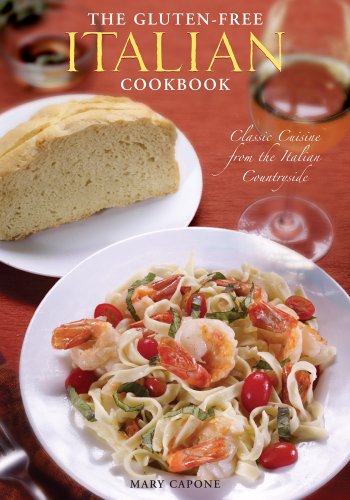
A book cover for The Gluten Free Italian Cookbook: Classic Cuisine from the Italian Countryside; Mary Capone; Cookbooks, Food & Wine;